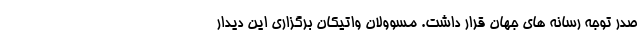
صدر توجه رسانه های جهان قرار داشت. مسوولان واتیکان برگزاری این دیدار